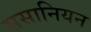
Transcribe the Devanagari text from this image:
ससानियन